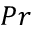
P r